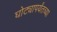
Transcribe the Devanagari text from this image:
घोट्यापर्यंतच्या